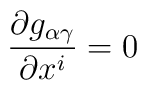
\frac{\partial g_{\alpha \gamma }}{\partial x^{i}} = 0